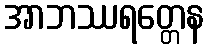
အာဘဿရတ္တေန